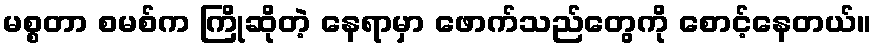
မစ္စတာ စမစ်က ကြိုဆိုတဲ့ နေရာမှာ ဖောက်သည်တွေကို စောင့်နေတယ်။